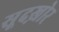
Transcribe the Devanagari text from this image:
सूदख़ोर